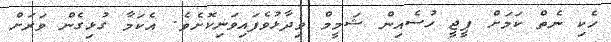
ހެކި ނެތް ކަމަށް ޕީޖީ ހުސެއިން ޝަމީމް ވިދާޅުވެފައިވަނިކޮށެވެ. އެކަމާ ގުޅިގެން ވަރަށް